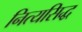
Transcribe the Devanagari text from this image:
नित्यसिद्ध